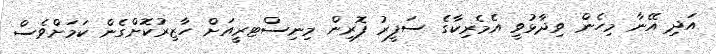
އަދި އޭނާ މިހެން ވިދާޅުވީ އެމެރިކާގެ ސަފީރު ފޮރިން މިނިސްޓރީއަށް ހާޒިރުކޮށްގެން ކަމަށްވެސް